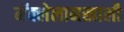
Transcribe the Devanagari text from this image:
मॅक्लेलानखाली